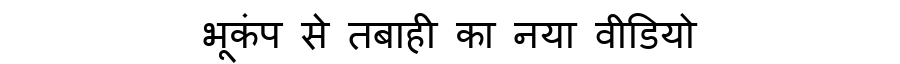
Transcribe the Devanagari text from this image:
भूकंप से तबाही का नया वीडियो